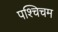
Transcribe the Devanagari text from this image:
पश्चिचम